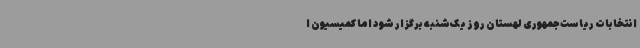
انتخابات ریاست‌جمهوری لهستان روز یک‌شنبه برگزار شود اما کمیسیون ا